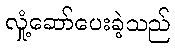
လှုံ့ဆော်ပေးခဲ့သည်